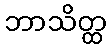
ဘာသိတ္ထ